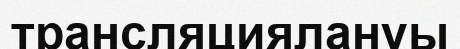
трансляциялануы